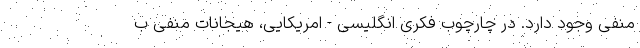
منفی وجود دارد. در چارچوب فکری انگلیسی - امریکایی، هیجانات منفی ب